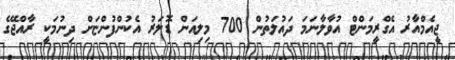
ޖީއެމްއާރު އެގްރީމަންޓް އުވާލާނަމަ ދައުލަތުން 700 މިލިއަން ޑޮލަރު އެކުންފުންޏަށް ދިނުމަކީ ރާއްޖޭގެ